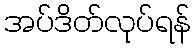
အပ်ဒိတ်လုပ်ရန်